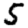
Digit: 5